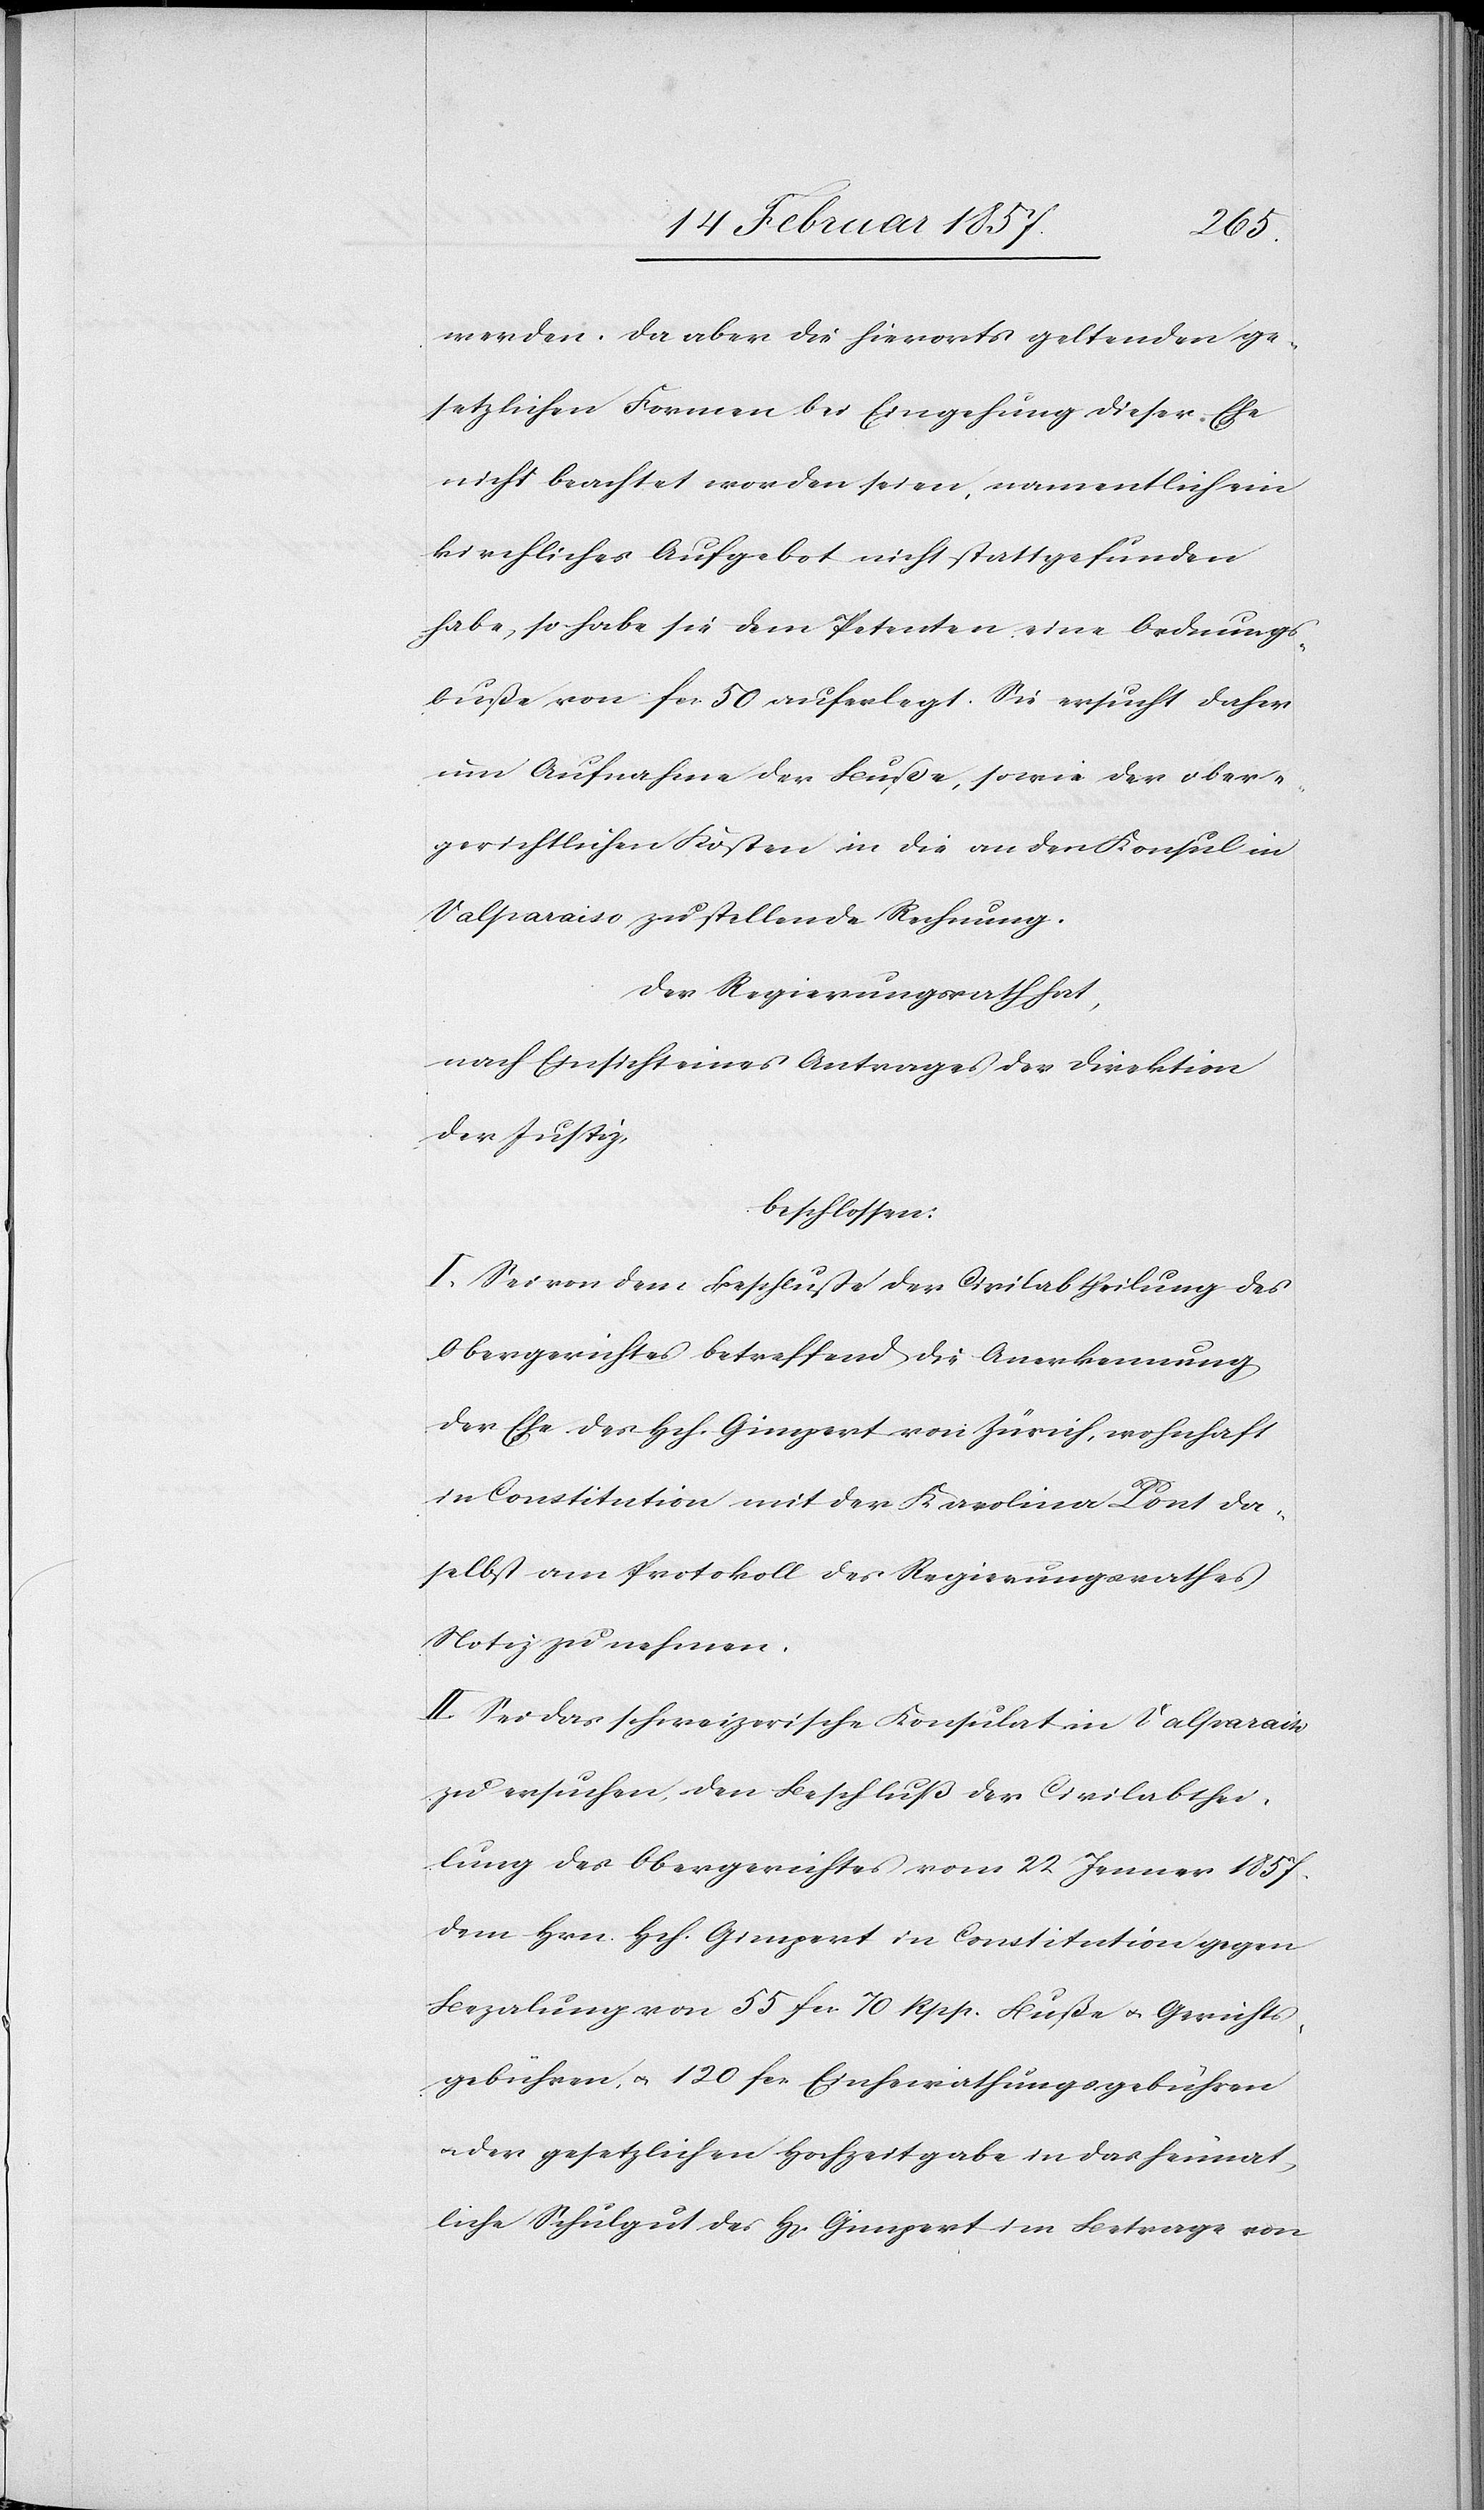
werden. Da aber die hierorts geltenden ge¬
setzlichen Formen bei Eingehung dieser Ehe
nicht beachtet worden seien, namentlich ein
kirchliches Aufgebot nicht stattgefunden
habe, so habe sie dem Petenten eine Ordnungs¬
buße von fr. 50 auferlegt. Sie ersucht daher
um Aufnahme der Buße, sowie der ober¬
gerichtlichen Kosten in die an den Konsul in
Valparaiso zu stellende Rechnung.
Der Regierungsrath hat,
nach Einsicht eines Antrages der Direktion
der Justiz
beschlossen:
I. Sei von dem Beschluße der Civilabtheilung des
Obergerichtes betreffend die Anerkennung
der Ehe des Hch. Gimpert von Zürich, wohnhaft
in Constitution mit der Karolina Pont da¬
selbst am Protokoll des Regierungsrathes
Notiz zu nehmen.
II. Sei das schweizerische Konsulat in Valparaiso
zu ersuchen, den Beschluß der Civilabthei¬
lung des Obergerichtes vom 22 Jenner 1857.
dem Hrn. Hch. Gimpert in Constitution gegen
Bezalung von 55 fr. 70 Rpp. Buße u. Gerichts¬
gebühren, u. 120 fr. Einheirathungsgebühren
u. der gesetzlichen Hochzeitgabe in das heimat¬
liche Schulgut des H[errn] Gimpert im Betrage von